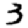
Digit: 3